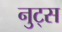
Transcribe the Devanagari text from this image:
नुट्स